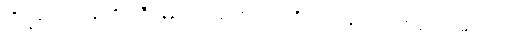
ဘိက္ခဝေ၊ ရဟန်းတို့။ ဟီနေန၊ ယုတ်သော လုံ့လ ရှိသော သူသည်။ အဂ္ဂဿ၊ မြတ်သော